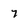
Character: 7